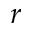
r